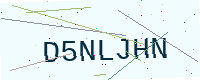
Text: D5NLJHN